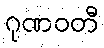
ဂုဏဝတီ